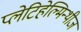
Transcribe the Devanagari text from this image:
प्लेटिहेल्मिन्थीज